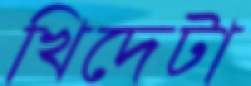
খিদেটা